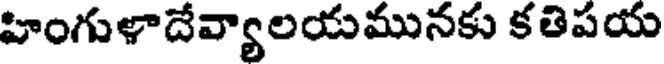
హింగుళాదేవ్యాలయమునకు కతిపయ